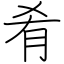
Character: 肴